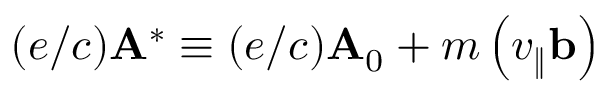
( e / c ) \mathbf { A } ^ { * } \equiv ( e / c ) \mathbf { A } _ { 0 } + m \left( v _ { \| } \mathbf { b } \right)